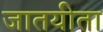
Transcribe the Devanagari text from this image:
जातयीता